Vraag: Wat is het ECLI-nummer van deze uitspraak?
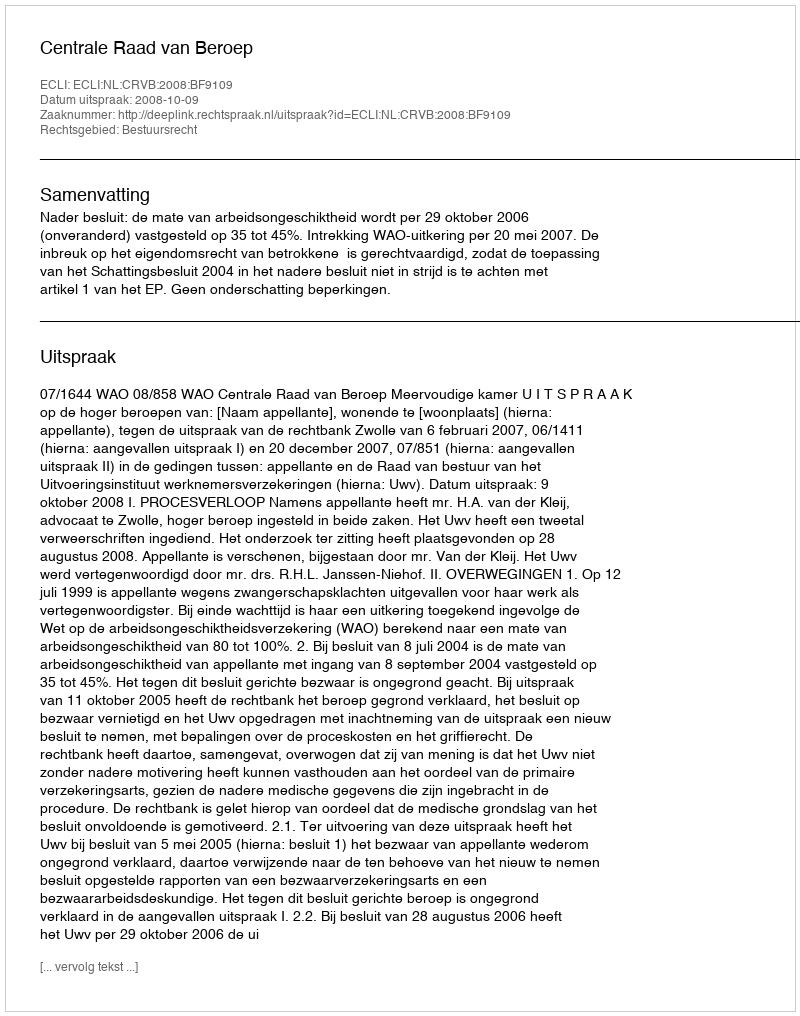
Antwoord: ECLI:NL:CRVB:2008:BF9109